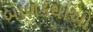
બાળકથાઓ